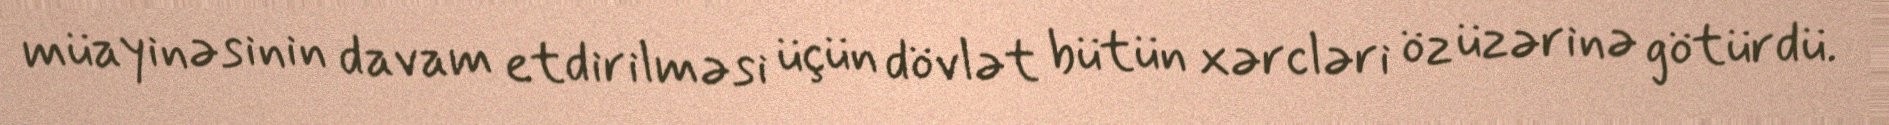
müayinəsinin davam etdirilməsi üçün dövlət bütün xərcləri öz üzərinə götürdü.